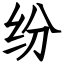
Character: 纷